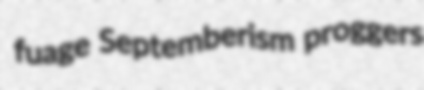
fuage Septemberism proggers